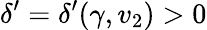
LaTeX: \delta^{\prime}=\delta^{\prime}(\gamma,v_{2})>0